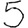
Digit: 5